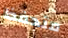
متحفظ